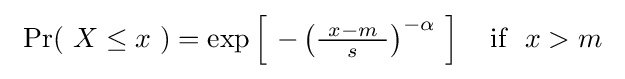
\ \Pr(\ X\leq x\ )=\exp \left[\ -\left({\tfrac {\ x-m\ }{s}}\right)^{-\alpha }\ \right]~~{\text{ if }}~x>m~